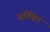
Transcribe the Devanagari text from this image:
वर्त्तिका